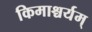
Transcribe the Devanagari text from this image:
किमाश्चर्यम्